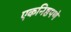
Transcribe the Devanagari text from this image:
एकनिष्ठपणे